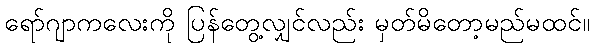
ရော်ဂျာကလေးကို ပြန်တွေ့လျှင်လည်း မှတ်မိတော့မည်မထင်။